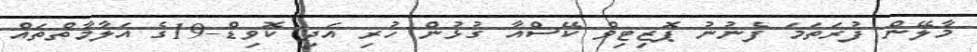
މާލޭން ފުރަތަމަ ފެނުނު ޕޮޒިޓިވް ކޭސްއާ ގުޅުން ހުރި އަދި ކޮވިޑް-19ގެ އަލާމާތްތައް